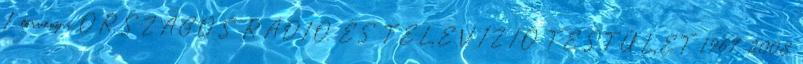
I. törvény a ORSZÁGOS RÁDIÓ ÉS TELEVÍZIÓ TESTÜLET 1967 2008.